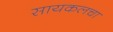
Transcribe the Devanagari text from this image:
सायकलचा